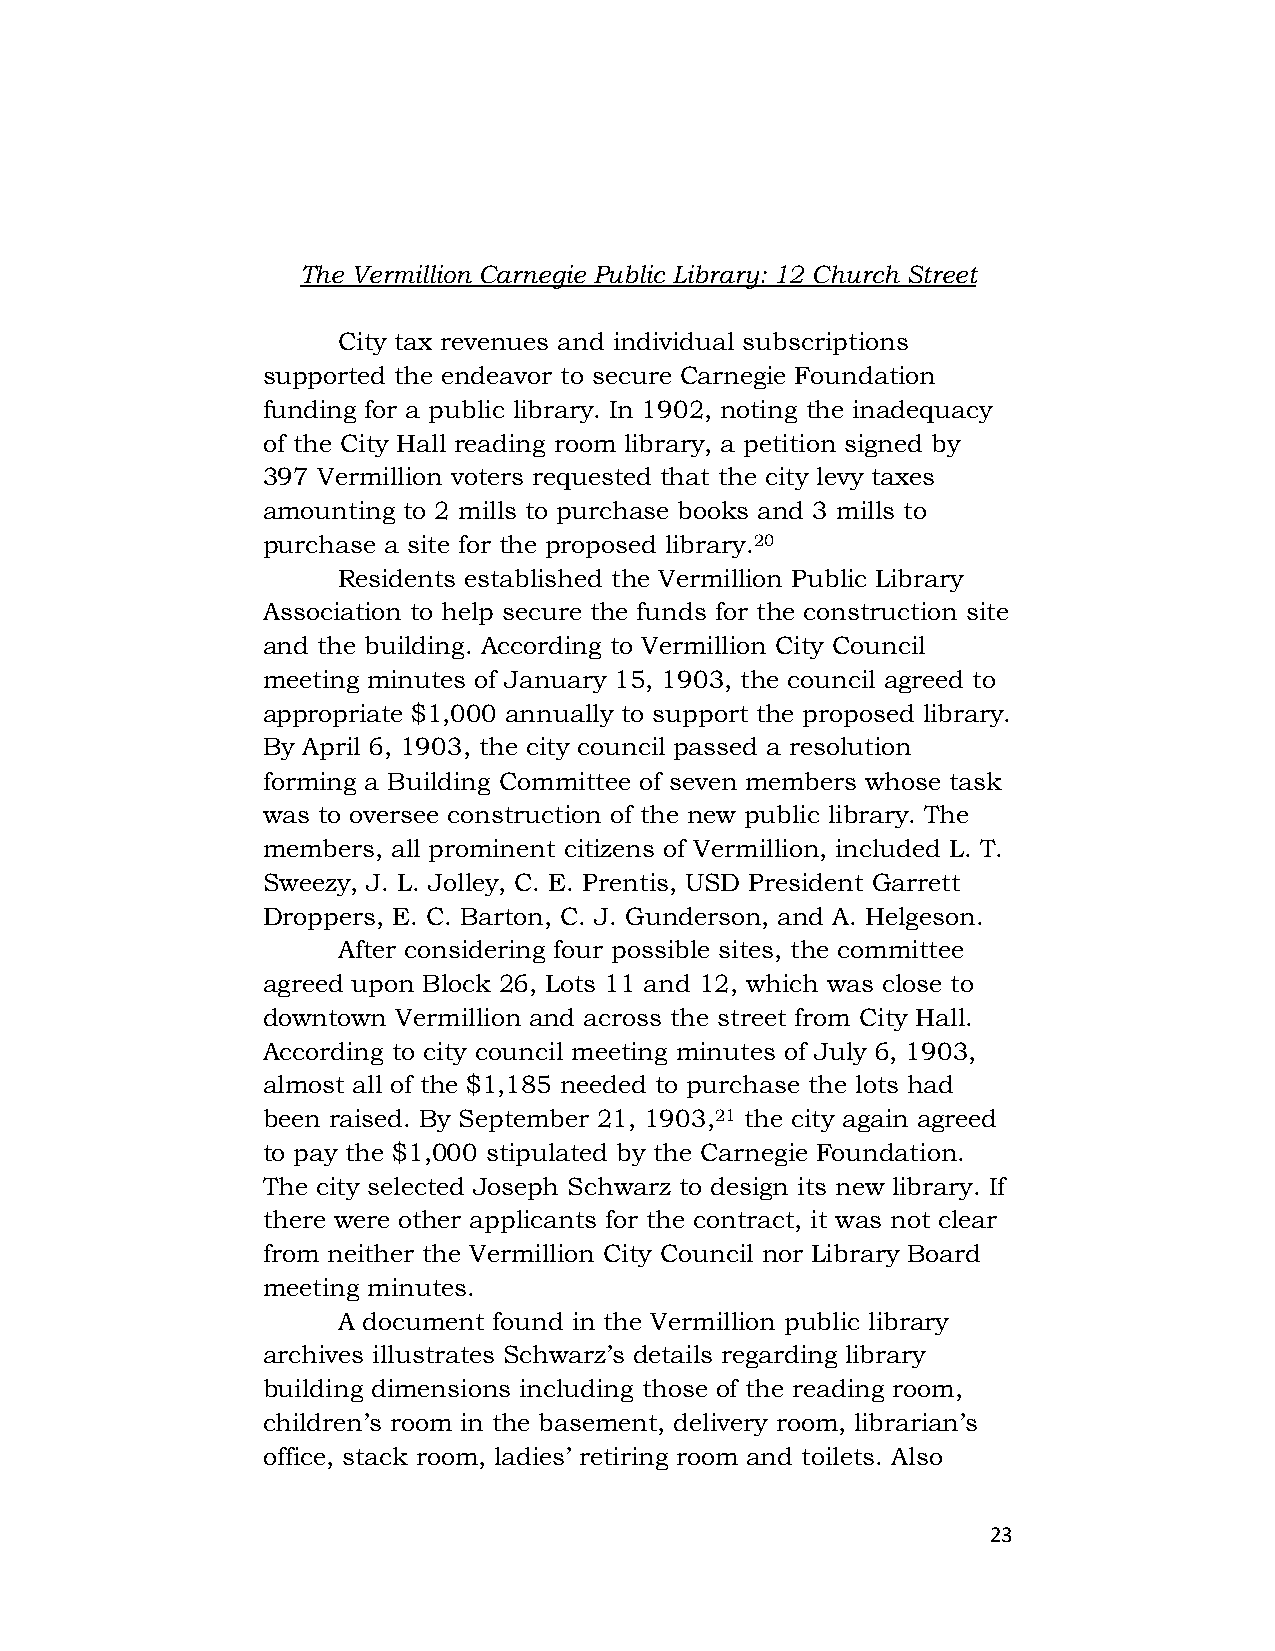
The Vermillion Carnegie Public Library: 12 Church Street
 City tax revenues and individual subscriptions
 supported the endeavor to secure Carnegie Foundation
 funding for a public library. In 1902, noting the inadequacy
 of the City Hall reading room library, a petition signed by
 397 Vermillion voters requested that the city levy taxes
 amounting to 2 mills to purchase books and 3 mills to
 purchase a site for the proposed library.20
 Residents established the Vermillion Public Library
 Association to help secure the funds for the construction site
 and the building. According to Vermillion City Council
 meeting minutes of January 15, 1903, the council agreed to
 appropriate $1,000 annually to support the proposed library.
 By April 6, 1903, the city council passed a resolution
 forming a Building Committee of seven members whose task
 was to oversee construction of the new public library. The
 members, all prominent citizens of Vermillion, included L. T.
 Sweezy, J. L. Jolley, C. E. Prentis, USD President Garrett
 Droppers, E. C. Barton, C. J. Gunderson, and A. Helgeson.
 After considering four possible sites, the committee
 agreed upon Block 26, Lots 11 and 12, which was close to
 downtown Vermillion and across the street from City Hall.
 According to city council meeting minutes of July 6, 1903,
 almost all of the $1,185 needed to purchase the lots had
 been raised. By September 21, 1903,21 the city again agreed
 to pay the $1,000 stipulated by the Carnegie Foundation.
 The city selected Joseph Schwarz to design its new library. If
 there were other applicants for the contract, it was not clear
 from neither the Vermillion City Council nor Library Board
 meeting minutes.
 A document found in the Vermillion public library
 archives illustrates Schwarz’s details regarding library
 building dimensions including those of the reading room,
 children’s room in the basement, delivery room, librarian’s
 office, stack room, ladies’ retiring room and toilets. Also
 23